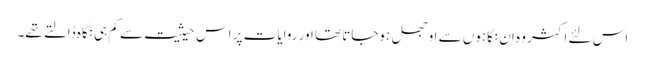
اس لئے اکثر وہ ان نگاہوں سے اوجھل ہوجاتا تھا اور روایات پر اس حیثیت سے کم ہی نگاہ ڈالتے تھے۔